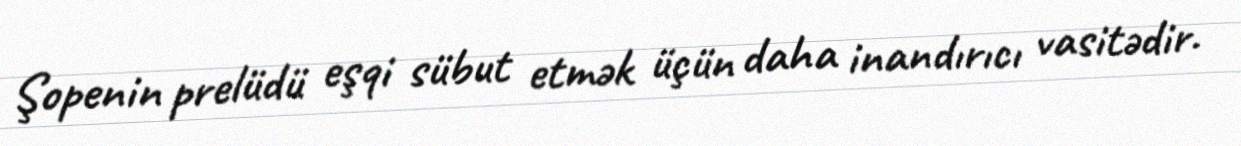
Şopenin prelüdü eşqi sübut etmək üçün daha inandırıcı vasitədir.